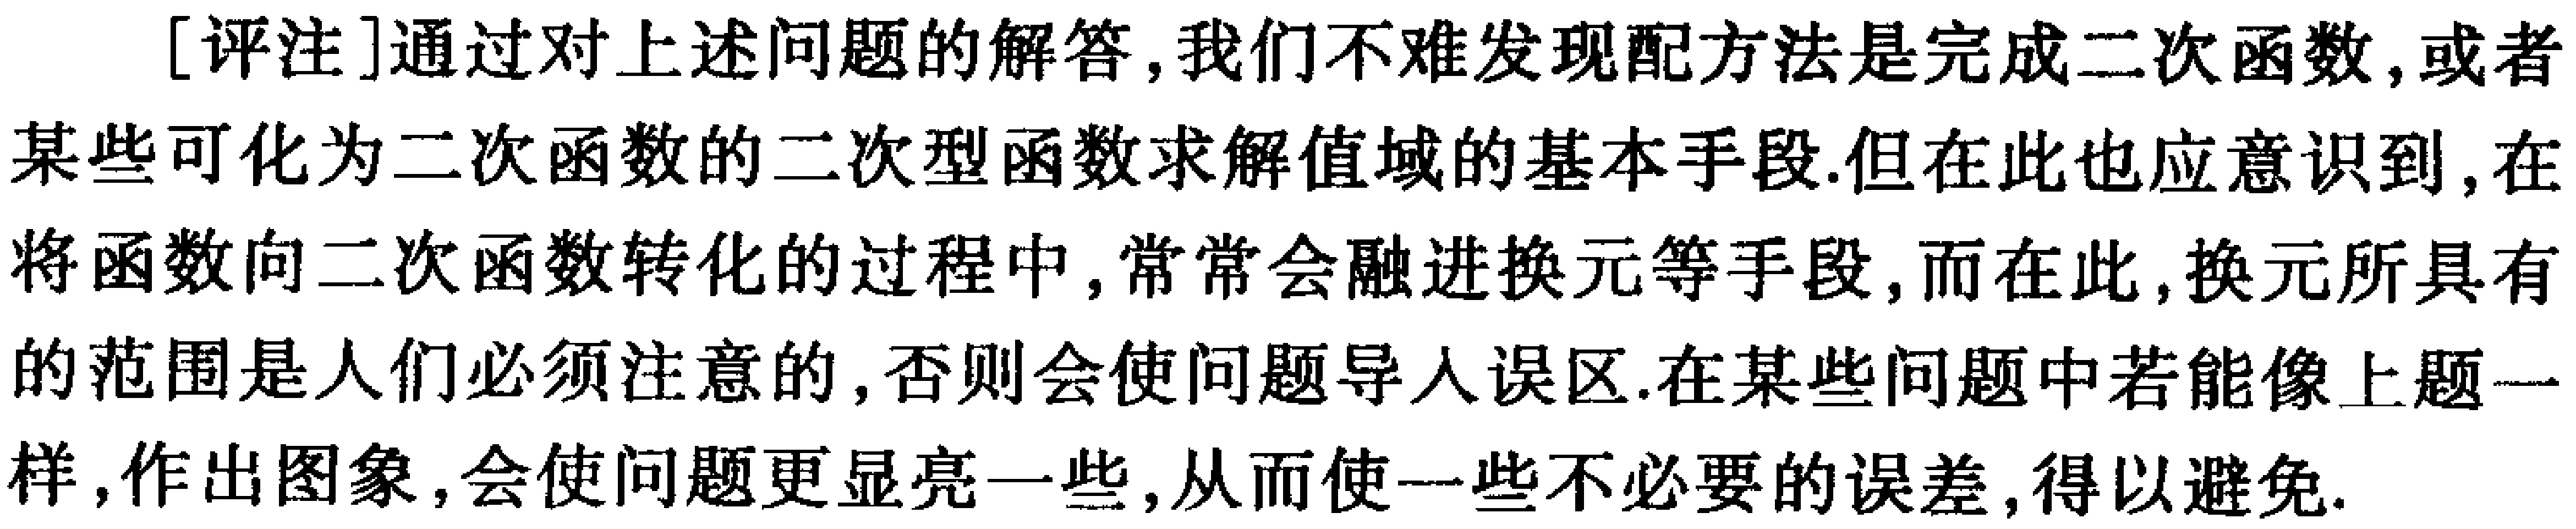
[评注]通过对上述问题的解答,我们不难发现配方法是完成二次函数,或者某些可化为二次函数的二次型函数求解值域的基本手段.但在此也应意识到,在将函数向二次函数转化的过程中,常常会融进换元等手段,而在此,换元所具有的范围是人们必须注意的,否则会使问题导入误区.在某些问题中若能像上题一样,作出图象,会使问题更显亮一些,从而使一些不必要的误差,得以避免.